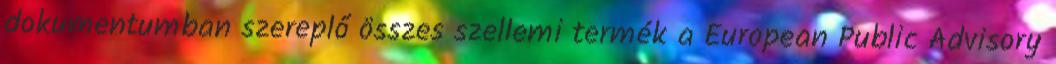
dokumentumban szereplő összes szellemi termék a European Public Advisory